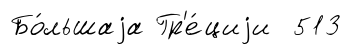
Бо́льшаjа Гр'е́циjи 513